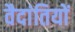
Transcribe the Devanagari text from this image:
वैदांतियों